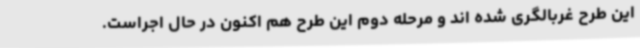
این طرح غربالگری شده اند و مرحله دوم این طرح هم اکنون در حال اجراست.